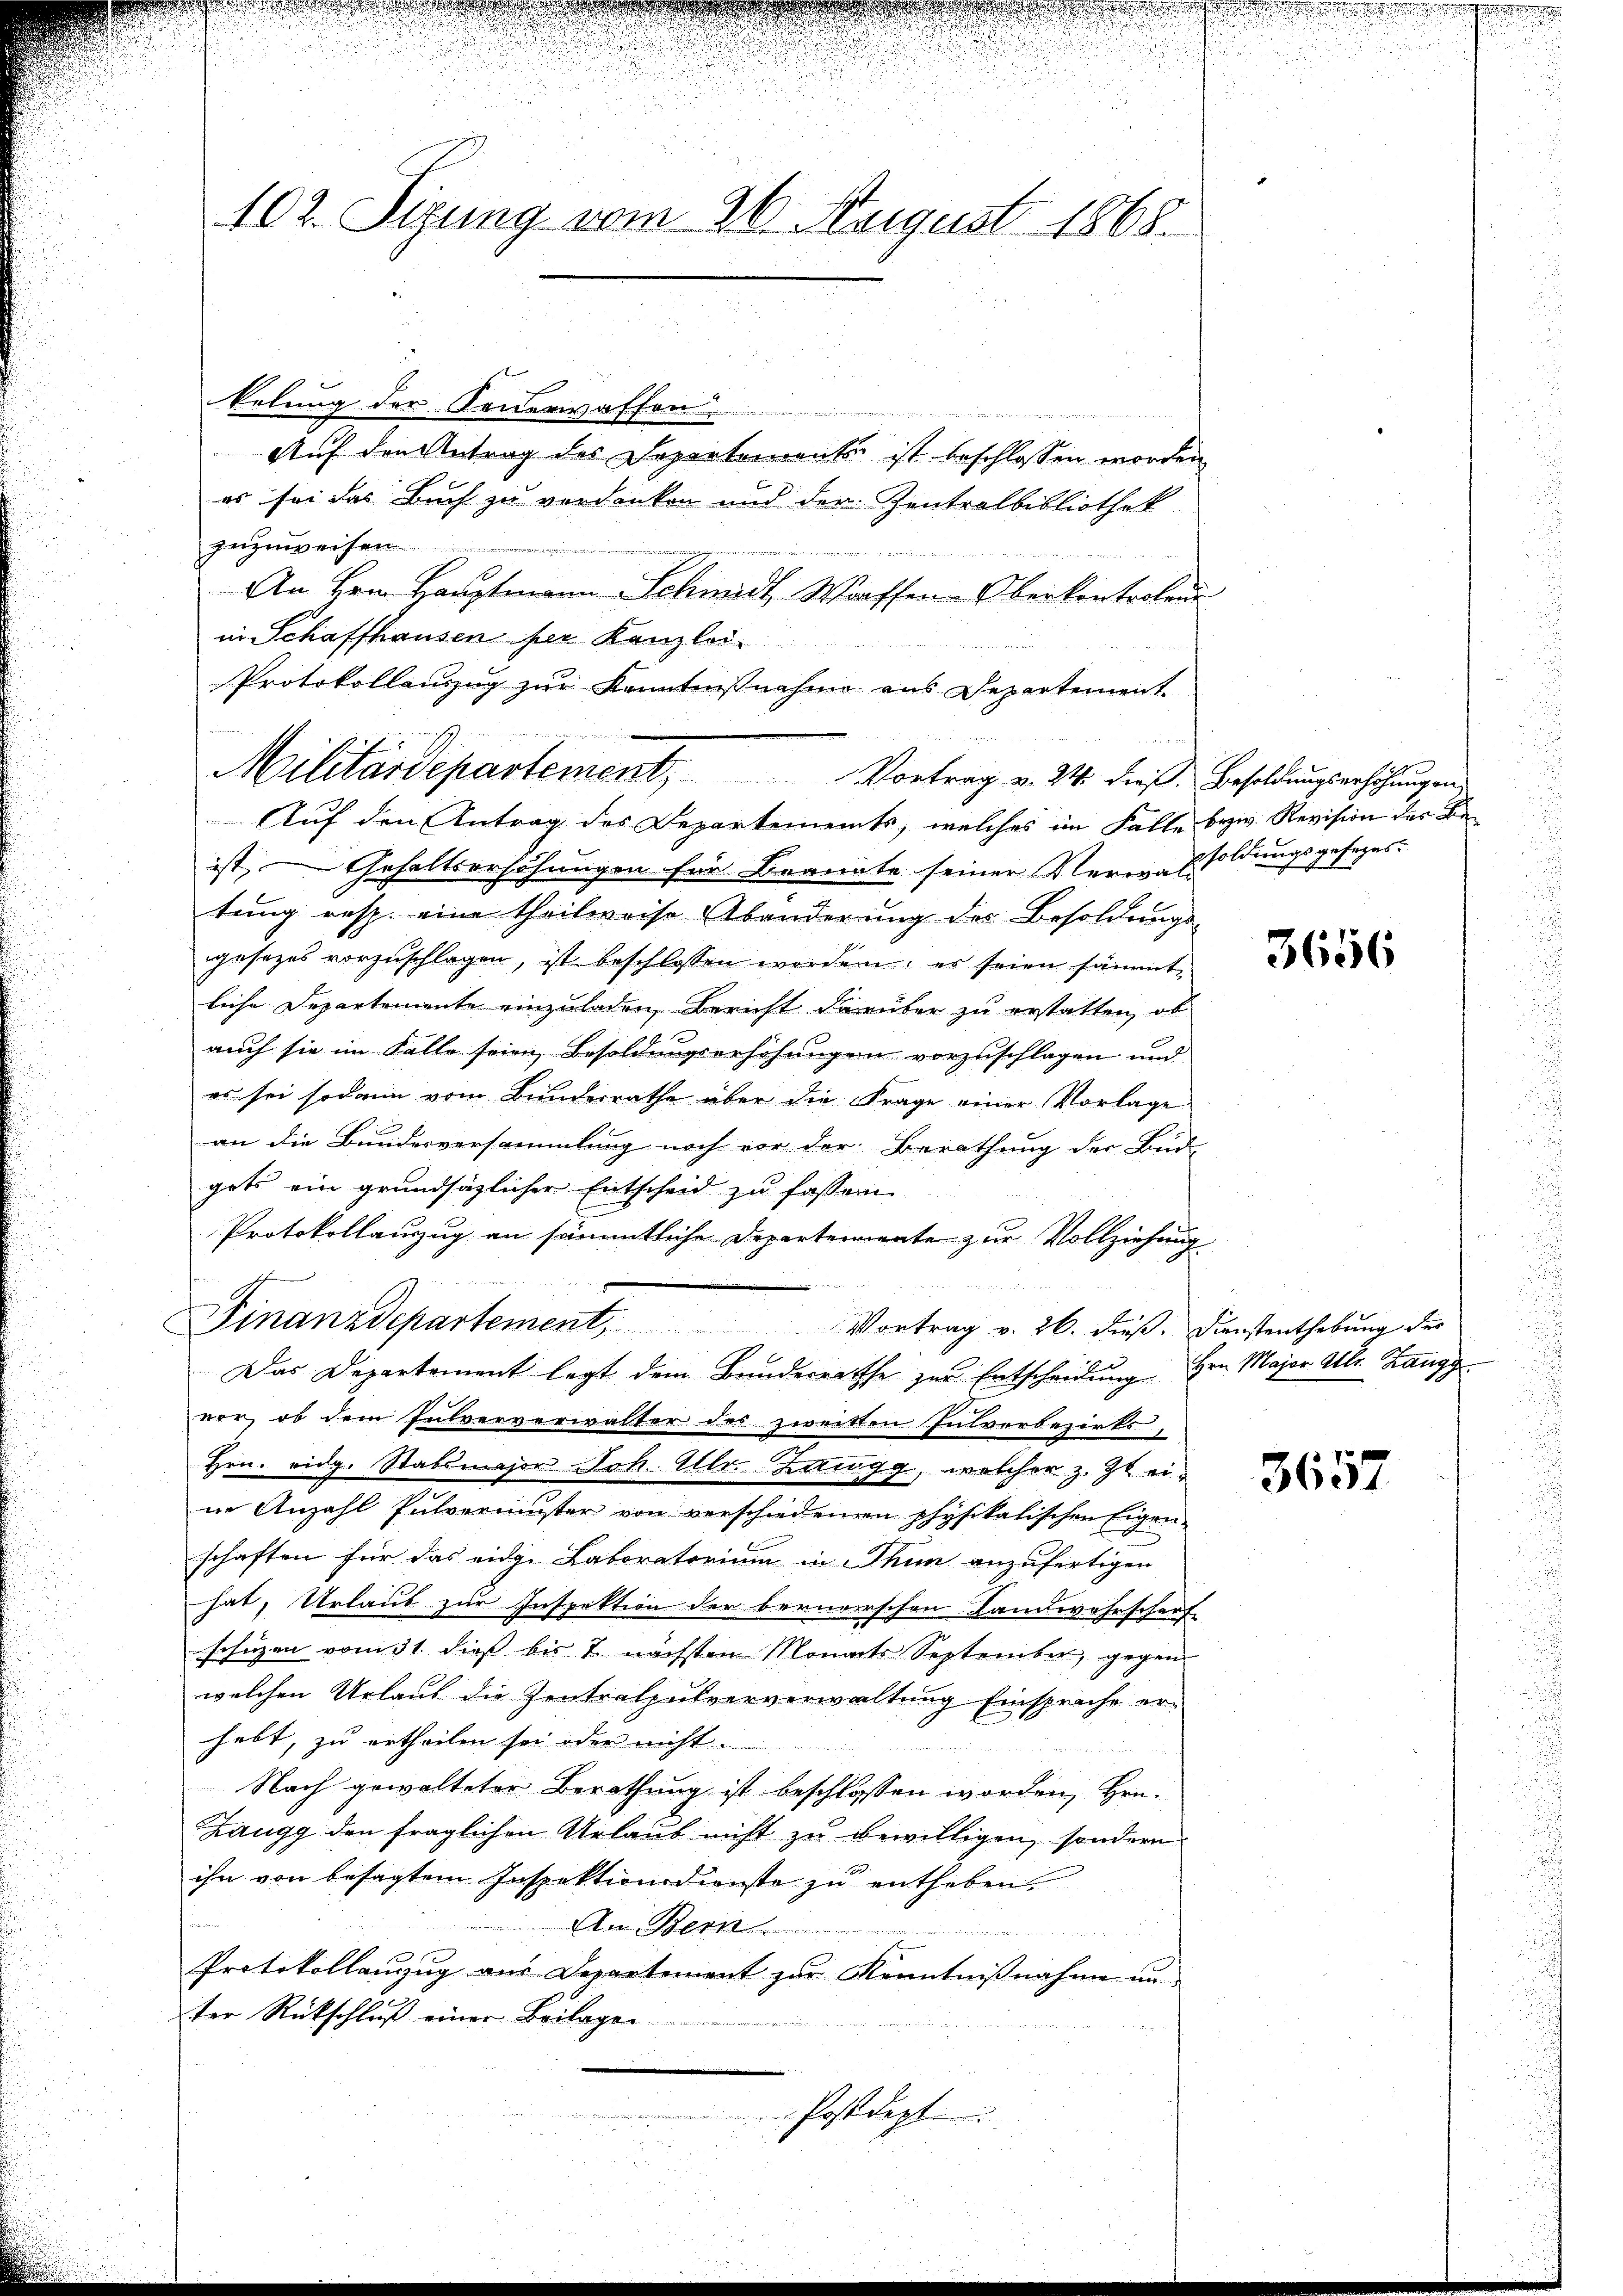
102. Sizung vom 26. August 1868.

kelung der Feuerwaffen.
¬
Auf den Antrag des Sepertemente ist beschlossen worden
es sei das Buch zu verdanken und der Zentralbibliothek
zuzuweisen.
An Hrn. Hauptmann Schmidt, Wassen-Oberkontrolen
in Schaffhausen der Kanzlei-
Protokollauszug zur Kenntnisnahme aus Departement
Auf den Antrag des Departements, welches im Falle bezw. Revision der Be
ist, Gehaltserhöhungen für Beante seiner Verwaltsoldungsgesezestung resp. eine theilweise Abänderung des Besoldungs
gesezes vorzuschlagen, ist beschlossen worden; es seien sämmtliche Departemente einzuladen, Bericht darüber zu erstatten, ob
auch sie im Falle seien Besoldungserhöhungen vorzuschlagen und
es sei sodann vom Bundesrathe über die Frage einer Vorlage
an die Bundesversammlung noch vor der Berathung der Bud
gets ein grundsätzlicher Entscheid zu fassen
Protokollauszug an sämmtliche Departemente zur Vollziehung
Denn sch

Finanzdepartement, Vortrag v. 26. dieβ: Dienstenthebŭng des
Das Departement legt dem Bundesrathe zur Entscheidung Hrn. Major Ulr. Zangg
vor, ob dem Pulververwalter des zweitten Pulverbezirks-
Hrn. Eidg. Stabsmajor Joh. Ulr. Zttigg, welcher z. Zt. eiin Anzahl Pulvermuster von verschiedenen physikalischen Eigen-
schaften für das eidge Laboratorium in Thun anzufertigen
hat, Urlaub zur Inspektion der bernerschen Landwehrschert
schüzen vom 31. dieß bis 7 nächsten Monats September, gegen
welchen Urlaut die Zentralpulververwaltung Einsprache erhebt, zu ertheilen sei oder nicht.
Nach gewalteter Berathung ist beschlossen worden, Hrn.
Zangg den fraglichen Urlaub nicht zu bewilligen, sondern
ihn von besagtem Inspektionsdienste zu entheben.
An Bern
u
Protokollanzug aus Departement zur Kenntnißnahme un
ter Rückschluß einer Beilagen
Postdept

Militärdepartement, Vortrag v. 24. dieß Besoldungserhöhungen

3656

3657

.

u